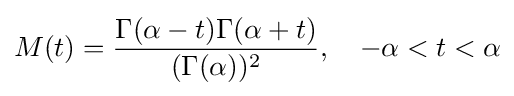
M(t)={\frac {\Gamma (\alpha -t)\Gamma (\alpha +t)}{(\Gamma (\alpha ))^{2}}},\quad -\alpha <t<\alpha